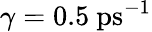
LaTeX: \gamma=0.5~\mathrm{ps}^{-1}